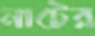
নাটের